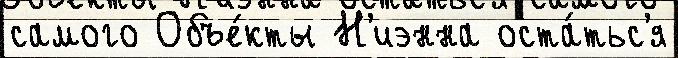
самого Объе́кты Н'иэнна оста́тьс'я